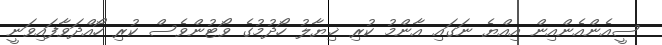
ސީއެންއެންއިން އިއްޔެ ނަގައި އާންމު ކުރި ޚިޔާލު ހޯދުމުގެ ވޯޓުންވެސް ކުރި ހޯއްދަވާފައިވަނީ